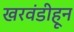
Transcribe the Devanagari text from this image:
खरवंडीहून